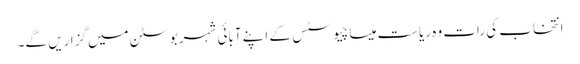
انتخاب کی رات وہ ریاست میساچیوسٹس کے اپنے آبائی شہر بوسٹن میں گزاریں گے۔